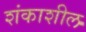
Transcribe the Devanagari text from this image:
शंकाशील